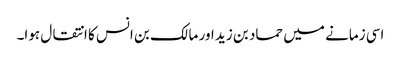
اسی زمانے میں حماد بن زید اور مالک بن انس کا انتقال ہوا۔